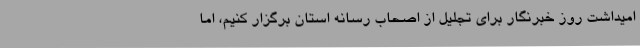
امیداشت روز خبرنگار برای تجلیل از اصحاب رسانه استان برگزار کنیم، اما